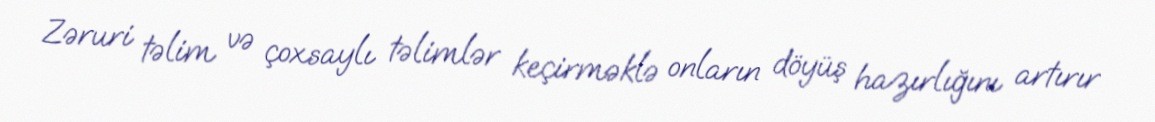
Zəruri təlim və çoxsaylı təlimlər keçirməklə onların döyüş hazırlığını artırır